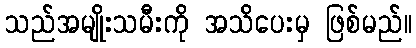
သည်အမျိုးသမီးကို အသိပေးမှ ဖြစ်မည်။